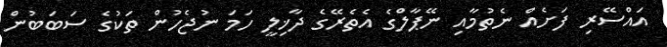
އައްސޭރި ފަށެއް ނެތުމާއި ނޭޕާލްގެ އެތެރޭގެ ދާޚިލީ ހަމަ ނުޖެހުން ތަކުގެ ސަބަބުން